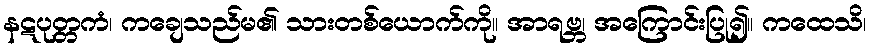
နဋပုတ္တကံ၊ ကချေသည်မ၏ သားတစ်ယောက်ကို။ အာရဗ္ဘ၊ အကြောင်းပြု၍။ ကထေသိ၊